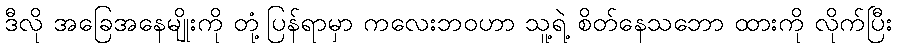
ဒီလို အခြေအနေမျိုးကို တုံ့ပြန်ရာမှာ ကလေးဘဝဟာ သူ့ရဲ့ စိတ်နေသဘော ထားကို လိုက်ပြီး